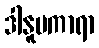
ဒါနူပကာရာ